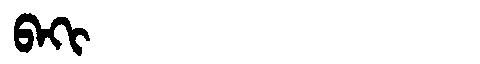
Manchu: ᠪᠠᡴᡳ
Romanization: BAKI